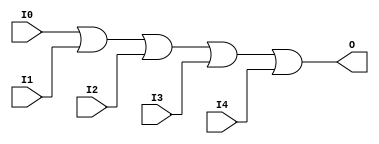
module OR5 (O, I0, I1, I2, I3, I4);

    output O;

    input  I0, I1, I2, I3, I4;

    or O1 (O, I0, I1, I2, I3, I4);


endmodule